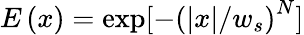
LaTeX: E\left(x\right)=\exp[-\left(|x|/w_{s}\right)^{N}]